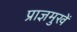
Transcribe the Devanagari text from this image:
प्राज्ञमुखें